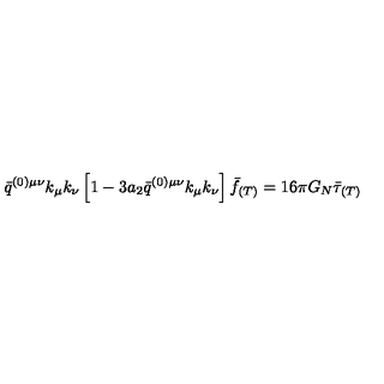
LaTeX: \bar { q } ^ { ( 0 ) \mu \nu } k _ { \mu } k _ { \nu } \left[ 1 - 3 a _ { 2 } \bar { q } ^ { ( 0 ) \mu \nu } k _ { \mu } k _ { \nu } \right] \bar { f } _ { ( T ) } = 1 6 \pi G _ { N } \bar { \tau } _ { ( T ) }